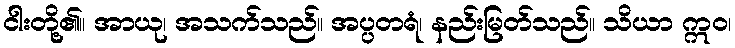
ငါးတို့၏။ အာယု၊ အသက်သည်။ အပ္ပတရံ၊ နည်းမြတ်သည်။ သိယာ ဣဝ၊